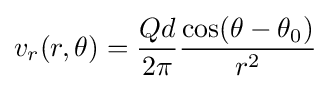
v_{r}(r,\theta )={\frac {Qd}{2\pi }}{\frac {\cos(\theta -\theta _{0})}{r^{2}}}